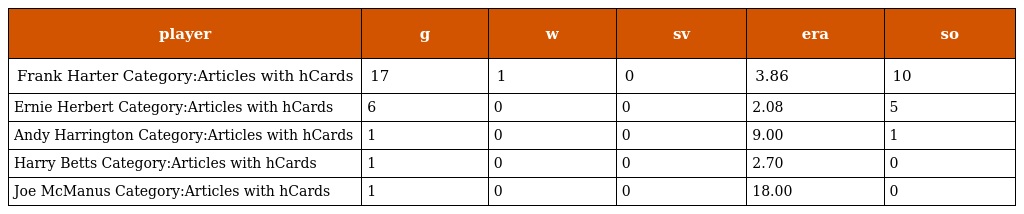
| player | g | w | sv | era | so |
 | --- | --- | --- | --- | --- | --- |
 | Frank Harter Category:Articles with hCards | 17 | 1 | 0 | 3.86 | 10 |
 | Ernie Herbert Category:Articles with hCards | 6 | 0 | 0 | 2.08 | 5 |
 | Andy Harrington Category:Articles with hCards | 1 | 0 | 0 | 9.00 | 1 |
 | Harry Betts Category:Articles with hCards | 1 | 0 | 0 | 2.70 | 0 |
 | Joe McManus Category:Articles with hCards | 1 | 0 | 0 | 18.00 | 0 |